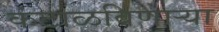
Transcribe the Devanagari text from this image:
कंटाळविणाऱ्या